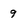
Character: 9